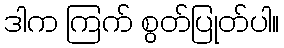
ဒါက ကြက် စွတ်ပြုတ်ပါ။